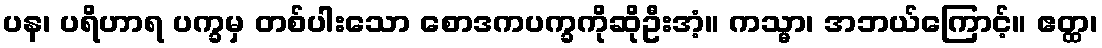
ပန၊ ပရိဟာရ ပက္ခမှ တစ်ပါးသော စောဒကပက္ခကိုဆိုဦးအံ့။ ကသ္မာ၊ အဘယ်ကြောင့်။ ဧတ္ထ၊